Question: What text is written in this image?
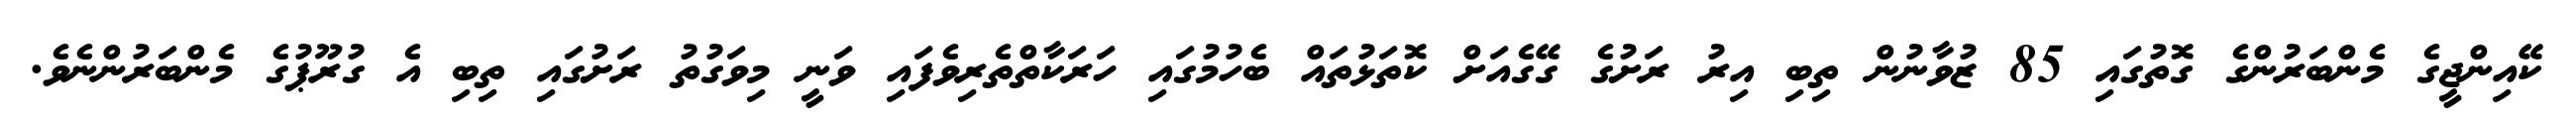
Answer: ކޭއިންޖީގެ މެންބަރުންގެ ގޮތުގައި 85 ޒުވާނުން ތިބި އިރު ރަށުގެ ގޭގެއަށް ކޮތަޅުތައް ބެހުމުގައި ހަރަކާތްތެރިވެފައި ވަނީ މިވަގުތު ރަށުގައި ތިބި އެ ގުރޫޕުގެ މެންބަރުންނެވެ.